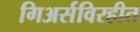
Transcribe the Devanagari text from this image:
गिअर्सविरहीत